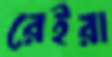
রেইরা